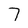
Character: 7